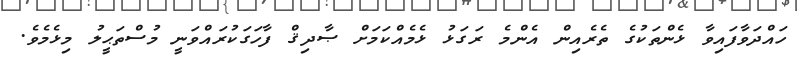
ހައްދަވާފައިވާ ޅެންތަކުގެ ތެރެއިން އެންމެ ރަގަޅު ޅެމެއްކަމަށް ޞާދިޤް ފާހަގަކުރައްވަނީ މުސްތަޙީލު މިޅެމެވެ.